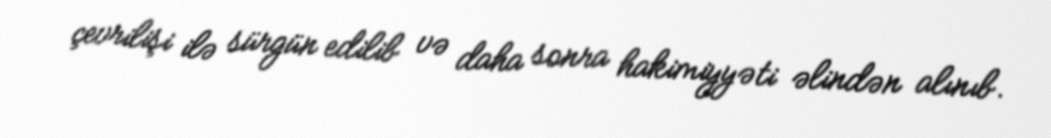
çevrilişi ilə sürgün edilib və daha sonra hakimiyyəti əlindən alınıb.